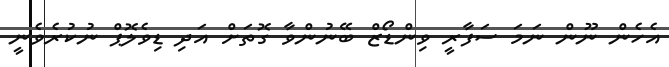
އެހެން ނޫން ނަމަ ސަފާރީ ވިންޑޯޒް ބޭނުންވާ ގޮތަށް އަދި ޑިވެލޮޕް ނުކުރެވެނީ